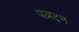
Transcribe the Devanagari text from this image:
पलट्न